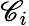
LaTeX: \mathscr{C}_{i}